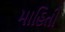
માહિતી